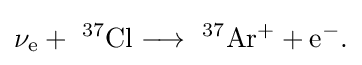
\mathrm {\nu _{e}+\ ^{37}Cl\longrightarrow \ ^{37}Ar^{+}+e^{-}.}